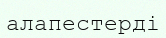
алапестерді